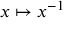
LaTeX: x \mapsto x ^ { - 1 }